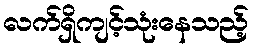
လက်ရှိကျင့်သုံးနေသည့်